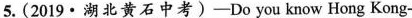
5. (2019·湖北黄石中考)——Do you know Hong Kong-